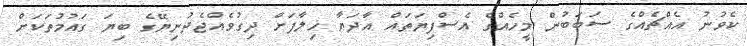
ކެވުނު އެއްޗެއްގެ ސަބަބުން މީހެއްގެ އެސްފިޔަތައް އާދަޔާ ޚިލާފަށް ދިގުވެއްޖެދުނިޔޭގެ ބިޔަ ގައުމުތަކަށް